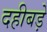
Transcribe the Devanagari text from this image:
दहीबड़े